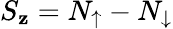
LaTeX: S_{\mathbf{z}}=N_{\uparrow}-N_{\downarrow}